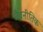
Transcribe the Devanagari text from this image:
जैवनीतिक